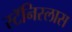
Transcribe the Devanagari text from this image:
स्टॅनिस्लास